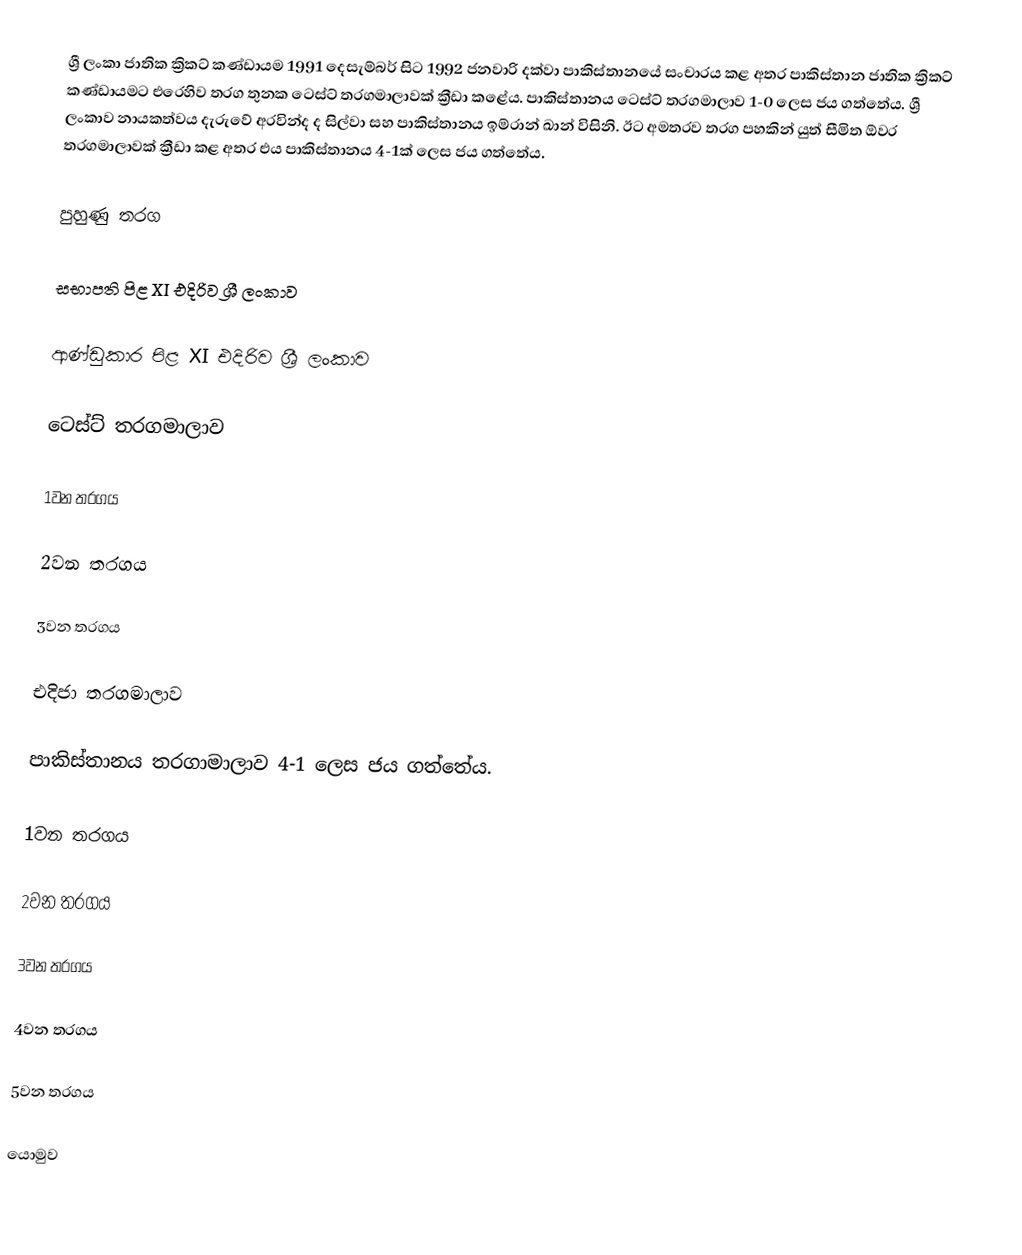
ශ්‍රී ලංකා ජාතික ක්‍රිකට් කණ්ඩායම 1991 දෙසැම්බර් සිට 1992 ජනවාරි දක්වා පාකිස්තානයේ සංචාරය කළ අතර පාකිස්තාන ජාතික ක්‍රිකට් කණ්ඩායමට එරෙහිව තරග තුනක ටෙස්ට් තරගමාලාවක් ක්‍රීඩා කළේය. පාකිස්තානය ටෙස්ට් තරගමාලාව 1-0 ලෙස ජය ගත්තේය. ශ්‍රී ලංකාව නායකත්වය දැරුවේ අරවින්ද ද සිල්වා සහ පාකිස්තානය ඉම්රාන් ඛාන් විසිනි. ඊට අමතරව තරග පහකින් යුත් සීමිත ඕවර තරගමාලාවක් ක්‍රීඩා කළ අතර එය පාකිස්තානය 4-1ක් ලෙස ජය ගත්තේය.

පුහුණු තරග

සභාපති පිළ XI එදිරිව ශ්‍රී ලංකාව

ආණ්ඩුකාර පිළ XI එදිරිව ශ්‍රී ලංකාව

ටෙස්ට් තරගමාලාව

1වන තරගය

2වන තරගය

3වන තරගය

එදිජා තරගමාලාව

පාකිස්තානය තරගාමාලාව 4-1 ලෙස ජය ගත්තේය.

1වන තරගය

2වන තරගය

3වන තරගය

4වන තරගය

5වන තරගය

යොමුව